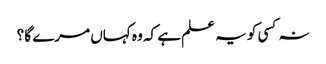
نہ کسی کو یہ علم ہے کہ وہ کہاں مرے گا ؟